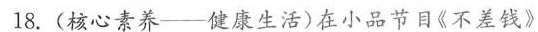
18.(核心素养--健康生活)在小品节目《不差钱》